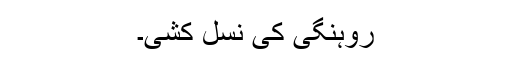
روہنگی کی نسل کشی۔